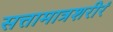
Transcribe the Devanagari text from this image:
सत्तामात्रशरीरं